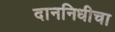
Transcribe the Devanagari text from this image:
दाननिधीचा